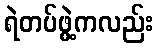
ရဲတပ်ဖွဲ့ကလည်း